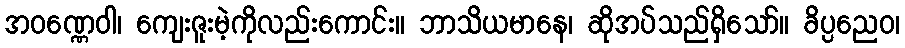
အဝဏ္ဏေဝါ၊ ကျေးဇူးမဲ့ကိုလည်းကောင်း။ ဘာသိယမာနေ၊ ဆိုအပ်သည်ရှိသော်။ ခိပ္ပညေဝ၊